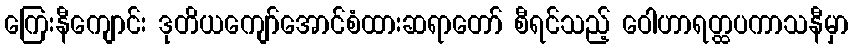
ကြေးနီကျောင်း ဒုတိယကျော်အောင်စံထားဆရာတော် စီရင်သည့် ဝေါဟာရတ္ထပကာသနီမှာ